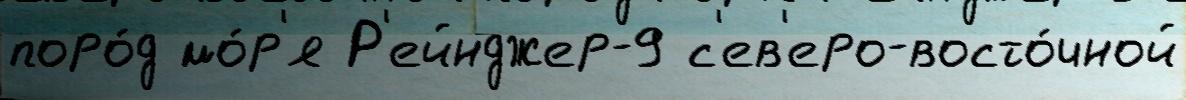
поро́д мо́р'я Р'ейнджер-9 с'ев'еро-восто́чной